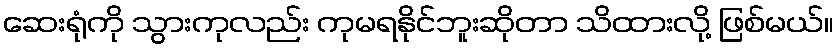
ဆေးရုံကို သွားကုလည်း ကုမရနိုင်ဘူးဆိုတာ သိထားလို့ ဖြစ်မယ်။